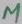
Text: µ